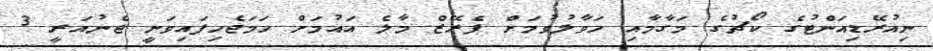
ނިއުރޭޑިއަންޓުގެ ކޯޗުގެ މަގާމާއި ހަވާލުވުމަށް ޕެރޭޒް މާލެ އައުމަށް ހަމަޖެހިފައިވަނީ ޖެނުއަރީ 3